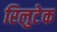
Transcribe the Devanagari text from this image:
रिलुटेक